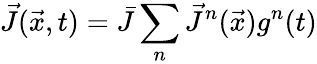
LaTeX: \vec{J}(\vec{x},t)=\bar{J}\sum_{n}\vec{J}^{n}(\vec{x})g^{n}(t)